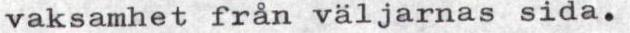
vaksamhet från väljarnas sida.